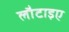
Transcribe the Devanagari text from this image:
लौटाइए